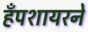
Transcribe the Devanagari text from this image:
हँपशायरने